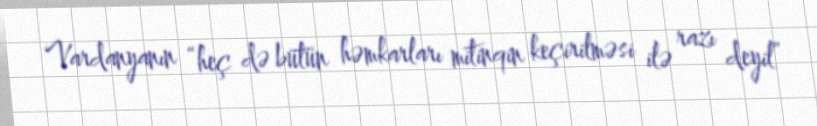
Vardanyanın “heç də bütün həmkarları mitinqin keçirilməsi ilə razı deyil”